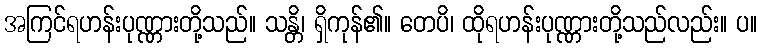
အကြင်ရဟန်းပုဏ္ဏားတို့သည်။ သန္တိ၊ ရှိကုန်၏။ တေပိ၊ ထိုရဟန်းပုဏ္ဏားတို့သည်လည်း။ ပ။